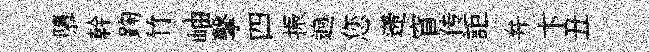
隳幹踘竹岫擊四振逈您遰窅传詎弁卞丑